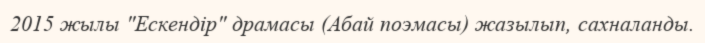
2015 жылы "Ескендір" драмасы (Абай поэмасы) жазылып, сахналанды.